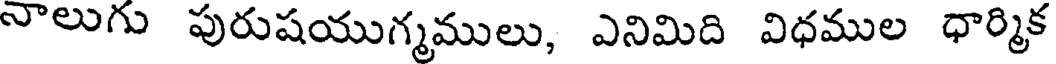
నాలుగు పురుషయుగ్మములు, ఎనిమిది విధముల ధార్మిక